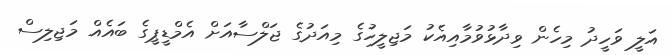
އަލީ ވަހީދު މިހެން ވިދާޅުވުމާއިއެކު މަޖިލީހުގެ މިއަދުގެ ޖަލްސާއަށް އެމްޑީޕީގެ ބައެއް މަޖިލިސް